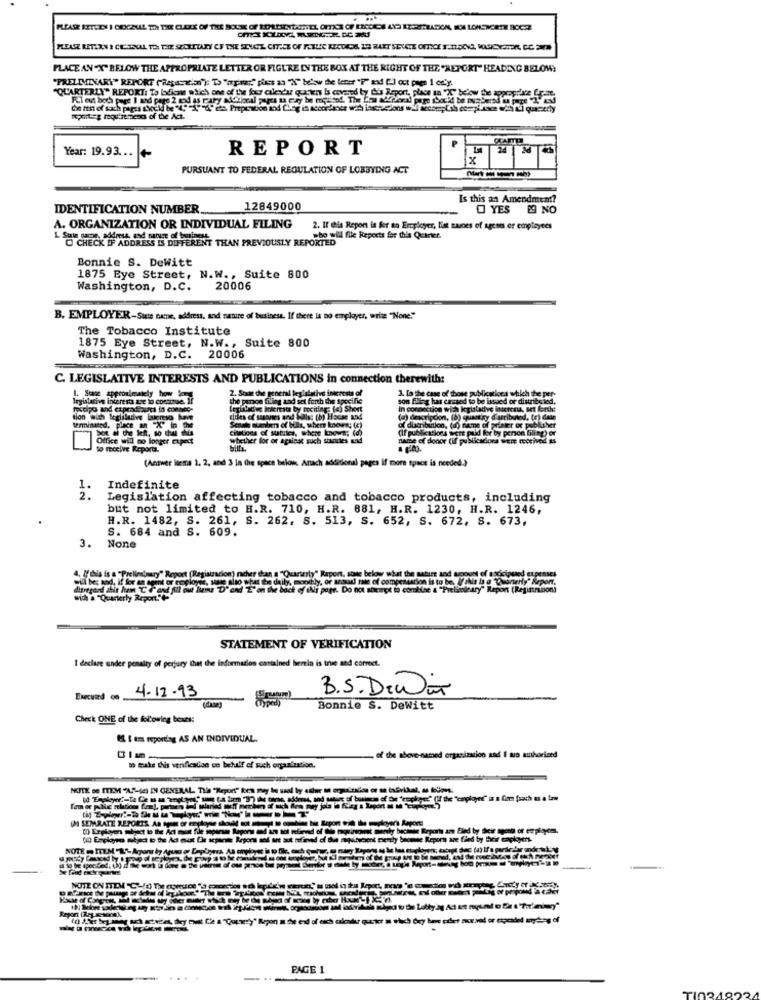
PLACE AN "X" BELOW THE APPROPRIATE LETTER OR FIGURE IN THE BOX AT THE RIGHT OF THE "REPORT" HEADING BELOW!
"QUARTERLY" REPORT: To bdicas which one of the four calendar quien Is covered by has Report, place ta XX below the zoproposte frame
REPORT
24 24
Year: 19.93 ...
X
PURSUANT TO FEDERAL REGULATION OF LOBBYING ACT
Is this an Amendment?
IDENTIFICATION NUMBER ..
12849000
YES 19 NO
A. ORGANIZATION OR INDIVIDUAL FILING
2. If this Report is for an Employer, list sanes of ageses or employees
O CHECK IF ADDRES
who will file Reports for this Quarter.
ADDRESS IS DIFFERENT THAN PREVIOUSLY REPORTED
Bonnie S. Dewitt
1875 Bye Street, N.W ., Suite 800
Washington, D.C.
20006
B. EMPLOYER-Site name, address, and nature of business. If there is no employer, write "None."
The Tobacco Institute
1875 Eye Street, N.W ., Suite 800
Washington, D.C. 20006
C. LEGISLATIVE INTERESTS AND PUBLICATIONS in connection therewith:
2. Soute the general legislative interests of
3. la the case of those publications which the per-
legislative interests ase to continue, i7
1. Sease approximately bow ler
the penoe filing and set forth the specific
son fling has caused to be issued or distribe led,
festipo and captadaurs in connec-
legliliches interest by mociting: (c) Sheet
In connection with legislative inserent, set forth:
tion with legislative lakreso have
Elies of sannes and Wellas (b) House and
(a) descripcion, (0) quantiny d'atribuiod, (c) date
Staala number of bille, where known; (e)
Citations of subites, where knows; (a)
of distribution, (a) name of printer or publisher
(If publications were paid for by peron filing) er
Office will no longer expect
whether for or against such standes and
name of donor (if publicacions were received as
to receive Reports.
(Answer isema 1, 2, and 3 In Cre space belows Anach additional pages if more space is needed.)
Indefinite
2.
Legislation affecting tobacco and tobacco products, including
but not limited to H.R. 710, H.R. 881, H.R. 1230, H.R. 1246,
H.R. 1482, S. 261, S. 262. S. 513, S. 652, S. 672, S. 673,
S. 684 and S. 609.
3.
4. If bis is a -Preliminary" Report (Registration) nicher than a "Quarterly" Report, stue below what the nature and acount of ascicipued etpenses
cont or enclos, sale slip what the daily, monthly, or ansud nite of compensation is to be, Ithis Is a "Querer
disregard this kem C + and ful out hiems D' and Z'on the back of Ns page. Do not abernot to combine & "Preliminary" Repon (Regirnition)
with a "Quarterly Report."-
STATEMENT OF VERIFICATION
I declare under penalty of perjury that the information contained herein is true and correct.
B.S. DIWir
Executed
4.12.93
Bonnie S. DeWitt
Check ONE of the following beats:
If I tra reporting AS AN INDIVIDUAL.
of the above named organization and I an authorized
to make this verifleslise en betulf of such organization.
NUTE se ITEM "AR-(E) EN GENERAL. The "Report" bora may be ssel by eithere a orguisados or sa toGrikal, a kollon!
kfiend of die mosinonst manly besser Reports are Fled by their agend or empiyest.
(il Employed mejec t the Ad must Le scparts Retors sof at sut refined of Blue sepultvcent merty boomse Report are filed by their caployers.
afinved d &e sophycont berthy baumse Report aree filed by their employers
PAGE 1